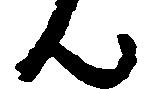
ん